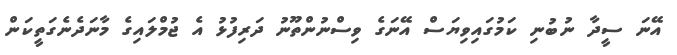
އޭނަ ސީދާ ނުބުނި ކަމުގައިވިޔަސް އޭނަގެ ވިސްނުންތޫނު ދަރިފުޅު އެ ޖުމްލައިގެ މާނަދެނެގަތީކަން